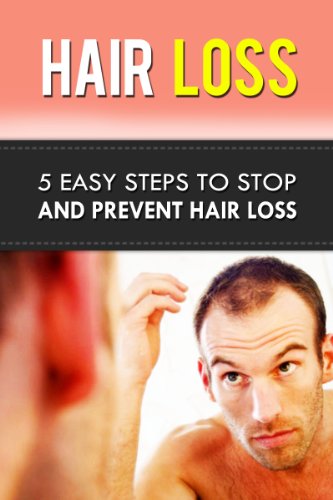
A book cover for Hair Loss: 5 Easy Steps To Stop and Prevent Hair Loss (hair loss, hair care, bald, beauty care, personal hygiene, natural health remedies, personal health care); Paul James; Health, Fitness & Dieting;